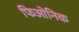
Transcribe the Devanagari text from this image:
फिओनिक